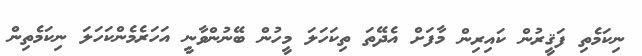
ނިކަމެތި ފަޤީރުން ކައިރިން މާފަށް އެދޭތަ ތިކަހަލަ މީހުން ބޭނުންވާނީ އަހަރެމެންކަހަލަ ނިކަމެތިން